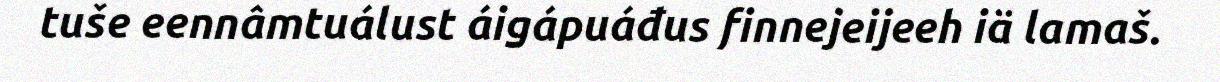
tuše eennâmtuálust áigápuáđus finnejeijeeh iä lamaš.